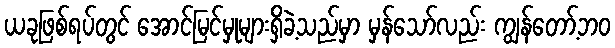
ယခုဖြစ်ရပ်တွင် အောင်မြင်မှုများရှိခဲ့သည်မှာ မှန်သော်လည်း ကျွန်တော့်ဘဝ